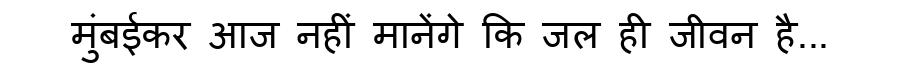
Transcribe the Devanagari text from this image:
मुंबईकर आज नहीं मानेंगे कि जल ही जीवन है...